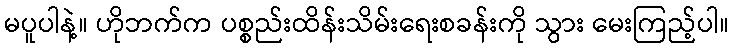
မပူပါနဲ့။ ဟိုဘက်က ပစ္စည်းထိန်းသိမ်းရေးစခန်းကို သွား မေးကြည့်ပါ။